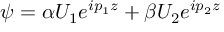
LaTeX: \psi = \alpha U _ { 1 } e ^ { i p _ { 1 } z } + \beta U _ { 2 } e ^ { i p _ { 2 } z }